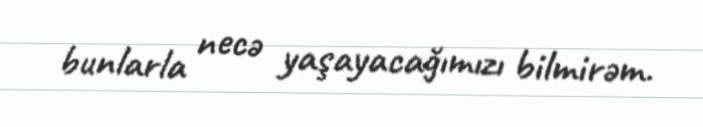
bunlarla necə yaşayacağımızı bilmirəm.